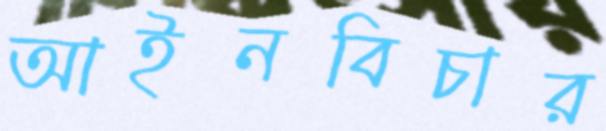
আইনবিচার